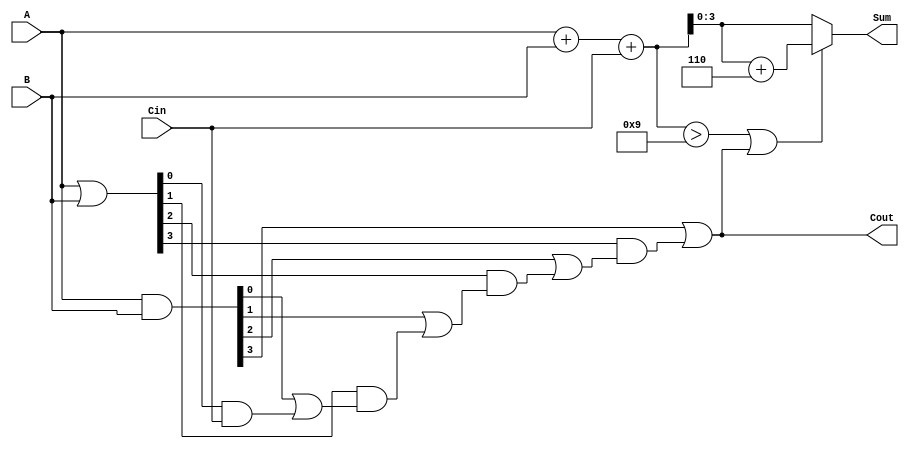
module BCD_Carry_Lookahead_Adder (
    input  [3:0] A,      // First BCD digit
    input  [3:0] B,      // Second BCD digit
    input        Cin,     // Carry input
    output reg [3:0] Sum, // BCD sum output
    output reg Cout       // Carry output
);

    wire [4:0] S;        // Intermediate sum (5 bits to accommodate carry)
    wire [3:0] G;        // Generate signals
    wire [3:0] P;        // Propagate signals
    wire C1, C2, C3;     // Carry signals

    // Initial sum calculation
    assign S = A + B + Cin;

    // Generate and propagate logic
    assign G = A & B;          // Generate
    assign P = A | B;          // Propagate

    // Carry lookahead logic
    assign C1 = G[0] | (P[0] & Cin);
    assign C2 = G[1] | (P[1] & C1);
    assign C3 = G[2] | (P[2] & C2);
    assign Cout = G[3] | (P[3] & C3);

    // BCD correction logic
    always @(*) begin
        if (S > 9 || Cout) begin
            Sum = S[3:0] + 4'b0110; // Add 6 to correct the sum
        end else begin
            Sum = S[3:0]; // No correction needed
        end
    end

endmodule